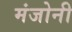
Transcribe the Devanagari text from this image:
मंजोनी